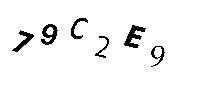
79C2E9